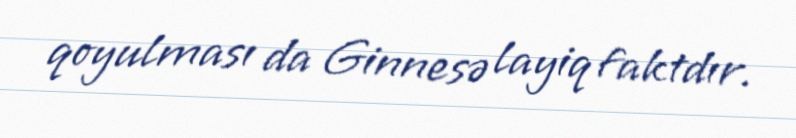
qoyulması da Ginnesə layiq faktdır.